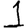
Digit: 1